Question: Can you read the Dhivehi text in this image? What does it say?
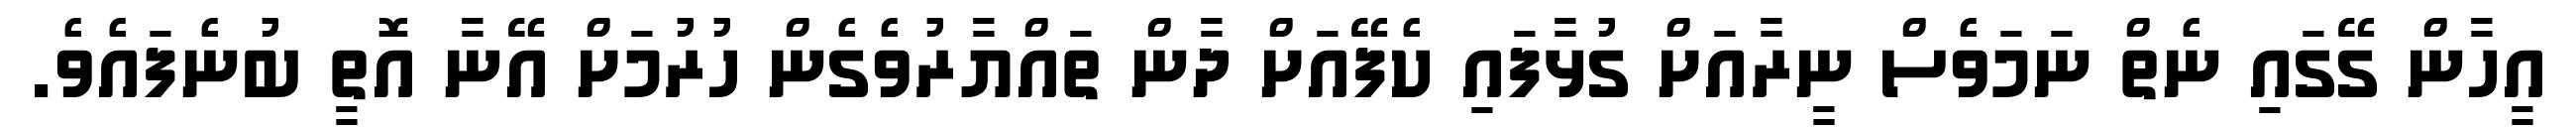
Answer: އީހާން ގޭގައި ނެތް ނަމަވެސް ނީރާއަށް ގުޅާފައި ކެފޭއަށް ދާން ތައްޔާރުވެގެން ހުރުމަށް އޭނާ އޮތީ ބުނެފައެވެ.